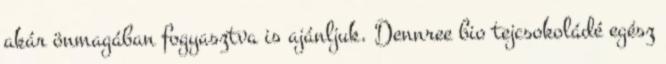
akár önmagában fogyasztva is ajánljuk. Dennree bio tejcsokoládé egész